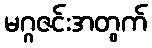
မဂ္ဂဇင်းအတွက်